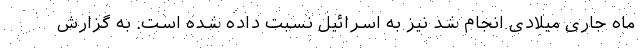
ماه جاری میلادی انجام شد نیز به اسرائیل نسبت داده شده است. به گزارش